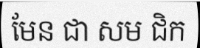
មែន ជា សម ជិក